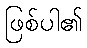
ဖြစ်ပါ၏